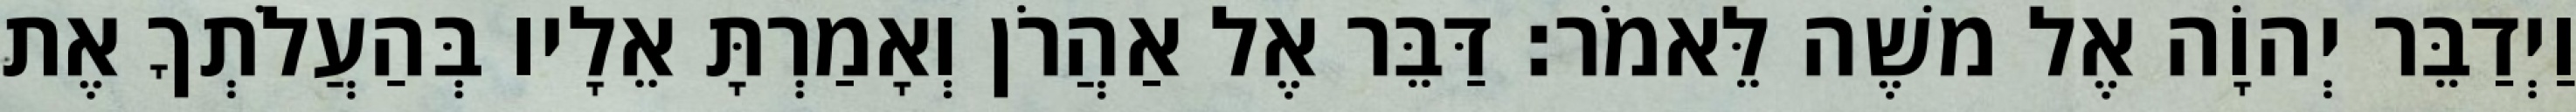
וַיְדַבֵּר יְהוָֹה אֶל משֶׁה לֵּאמֹר׃ דַּבֵּר אֶל אַהֲרֹן וְאָמַרְתָּ אֵלָיו בְּהַעֲלֹתְךָ אֶת